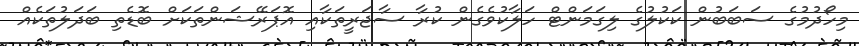
މިހޯދުމުގެ ސަބަބުން ކަކުލުގެ ލިގަމަންޓް ހަލާކުވެގެން ކުރާ ސާޖަރީތަކާއި އޮޕަރޭޝަންތަކަށް ބޮޑެތި ބަދަލުތަކެއް